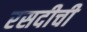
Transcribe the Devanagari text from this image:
रसदीची